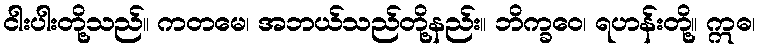
ငါးပါးတို့သည်။ ကတမေ၊ အဘယ်သည်တို့နည်း။ ဘိက္ခဝေ၊ ရဟန်းတို့။ ဣဓ၊